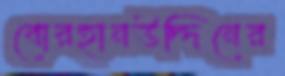
বোরহানউদ্দিনের